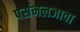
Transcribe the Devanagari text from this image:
पर्सनलजावा